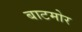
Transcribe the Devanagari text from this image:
बाटमोर